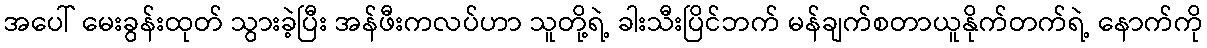
အပေါ် မေးခွန်းထုတ် သွားခဲ့ပြီး အန်ဖီးကလပ်ဟာ သူတို့ရဲ့ ခါးသီးပြိင်ဘက် မန်ချက်စတာယူနိုက်တက်ရဲ့ နောက်ကို